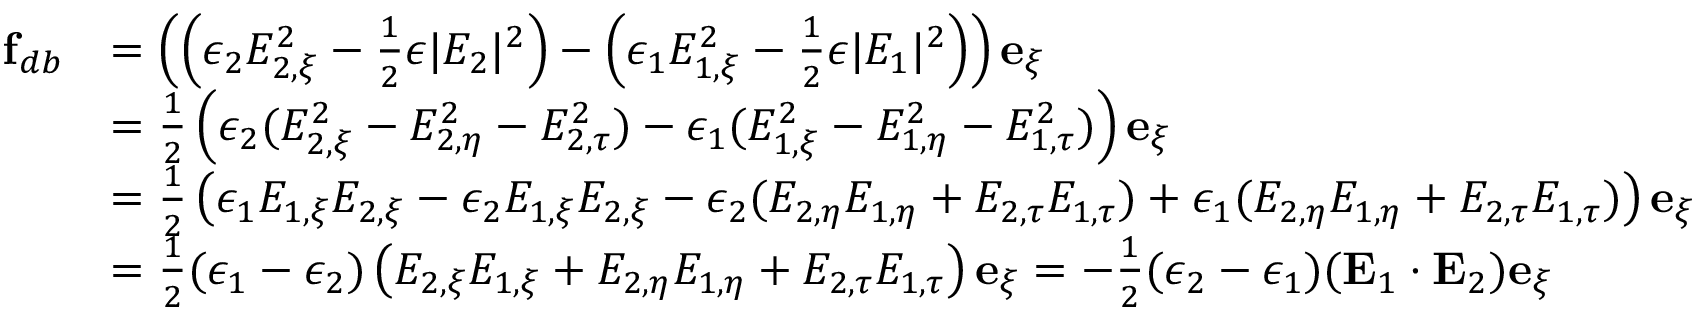
\begin{array} { r l } { \mathbf { f } _ { d b } } & { = \left( \left( \epsilon _ { 2 } E _ { 2 , \xi } ^ { 2 } - \frac { 1 } { 2 } \epsilon | E _ { 2 } | ^ { 2 } \right) - \left( \epsilon _ { 1 } E _ { 1 , \xi } ^ { 2 } - \frac { 1 } { 2 } \epsilon | E _ { 1 } | ^ { 2 } \right) \right) \mathbf { e } _ { \xi } } \\ & { = \frac { 1 } { 2 } \left( \epsilon _ { 2 } ( E _ { 2 , \xi } ^ { 2 } - E _ { 2 , \eta } ^ { 2 } - E _ { 2 , \tau } ^ { 2 } ) - \epsilon _ { 1 } ( E _ { 1 , \xi } ^ { 2 } - E _ { 1 , \eta } ^ { 2 } - E _ { 1 , \tau } ^ { 2 } ) \right) \mathbf { e } _ { \xi } } \\ & { = \frac { 1 } { 2 } \left( \epsilon _ { 1 } E _ { 1 , \xi } E _ { 2 , \xi } - \epsilon _ { 2 } E _ { 1 , \xi } E _ { 2 , \xi } - \epsilon _ { 2 } ( E _ { 2 , \eta } E _ { 1 , \eta } + E _ { 2 , \tau } E _ { 1 , \tau } ) + \epsilon _ { 1 } ( E _ { 2 , \eta } E _ { 1 , \eta } + E _ { 2 , \tau } E _ { 1 , \tau } ) \right) \mathbf { e } _ { \xi } } \\ & { = \frac { 1 } { 2 } ( \epsilon _ { 1 } - \epsilon _ { 2 } ) \left( E _ { 2 , \xi } E _ { 1 , \xi } + E _ { 2 , \eta } E _ { 1 , \eta } + E _ { 2 , \tau } E _ { 1 , \tau } \right) \mathbf { e } _ { \xi } = - \frac { 1 } { 2 } ( \epsilon _ { 2 } - \epsilon _ { 1 } ) ( \mathbf { E } _ { 1 } \cdot \mathbf { E } _ { 2 } ) \mathbf { e } _ { \xi } } \end{array}